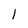
Character: 1